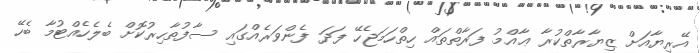
އޭރިޔާއަށް ޒިޔާރާތްކުރާ ޢާއްމު ފަރާތްތައް ހިތްހަމަޖެހޭ ފަދަ ފެންވަރެއްގައި ސާފުތާހިރުކޮށް ބެލެހެއްޓުމާ ބެހޭ